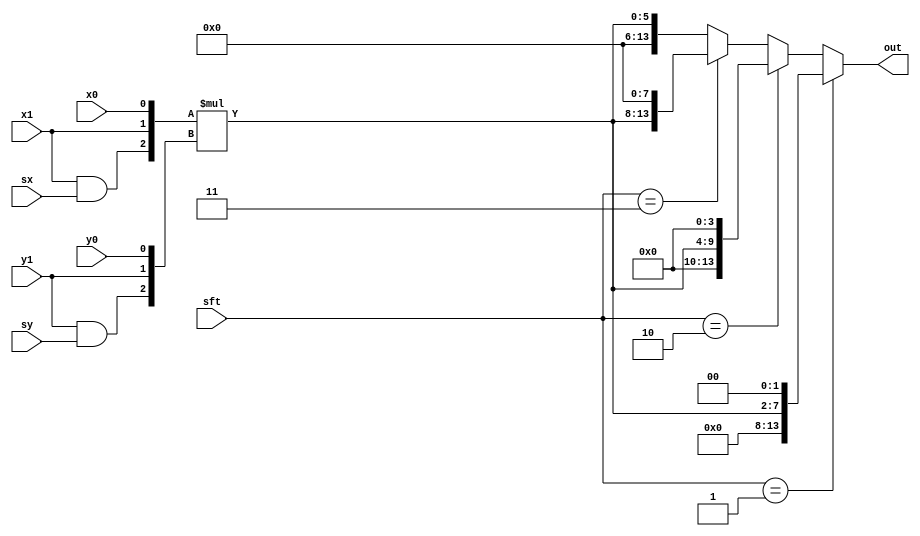
module bb_2X2_sft(
  sx,x1,x0,sy,y1,y0,sft,out
);

input sx,x1,x0,sy,y1,y0;
input [1:0] sft;
output [13:0] out;

wire [2:0] x3b;
wire [2:0] y3b;
assign x3b = {x1&sx,x1,x0};
assign y3b = {y1&sy,y1,y0};

wire [5:0] prod;
assign prod = x3b*y3b;

assign out = 
             (sft==2'b01) ? prod<<2 :
             (sft==2'b10) ? prod<<4 :
             (sft==2'b11) ? prod<<8 :
             prod;

endmodule